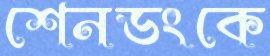
শেনডংকে